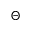
\Theta